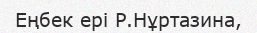
Еңбек ері Р.Нұртазина,